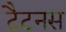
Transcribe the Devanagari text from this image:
टैटनस